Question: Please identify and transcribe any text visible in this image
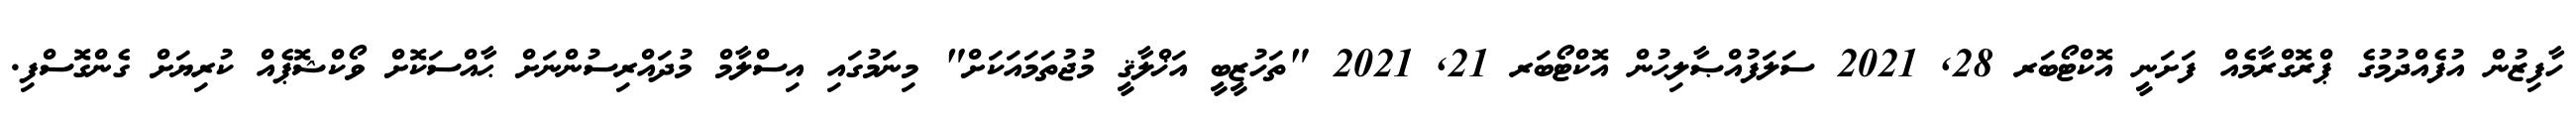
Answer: ހާފިޒުން އުފެއްދުމުގެ ޕްރޮގްރާމެއް ފަށަނީ އޮކްޓޯބަރ 28, 2021 ސަލަފުއްޞާލިޙުން އޮކްޓޯބަރ 21, 2021 "ތަހުޒީބީ އަޚްލާޤީ މުޖުތަމައަކަށް" މިނަމުގައި އިސްލާމް މުދައްރިސުންނަށް ޙާއްސަކޮށް ވޯކްޝޮޕެއް ކުރިޔަށް ގެންގޮސްފި.